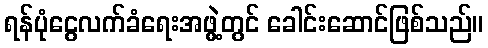
ရန်ပုံငွေလက်ခံရေးအဖွဲ့တွင် ခေါင်းဆောင်ဖြစ်သည်။